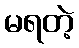
မရတဲ့